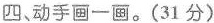
四、动手画一画。(31分)